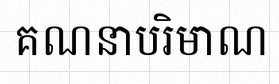
គណនាបរិមាណ